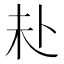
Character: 𪟾